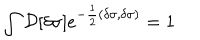
\int { \cal D } [ \delta \sigma ] e ^ { - \frac { 1 } { 2 } ( \delta \sigma , \delta \sigma ) } = 1